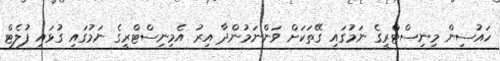
ހައުސިން މިނިސްޓްރީގެ ނަމުގައި ގޭތަކަށް ވަންނަމުންދާ އިރު އެމިނިސްޓްރީގެ ނަމުގައި ގުޅައި ފުލެޓް